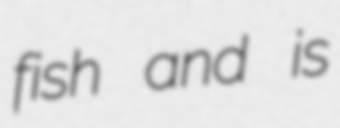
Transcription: fish and is